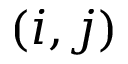
( i , j )